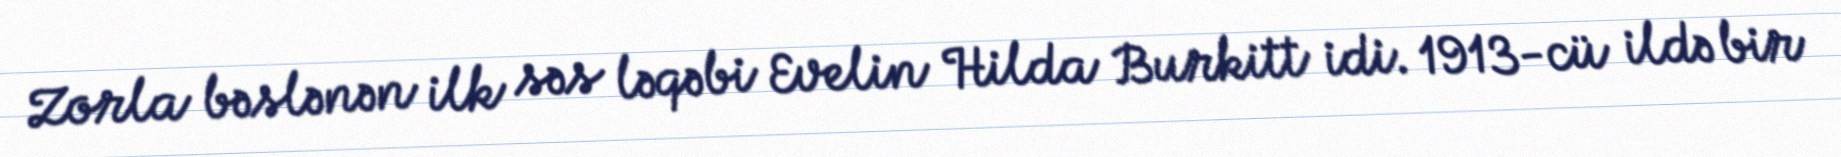
Zorla bəslənən ilk səs ləqəbi Evelin Hilda Burkitt idi. 1913-cü ildə bir